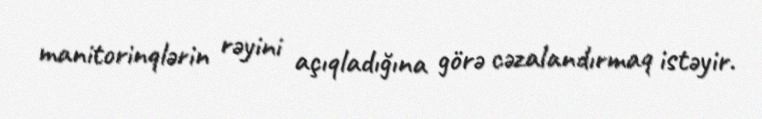
manitorinqlərin rəyini açıqladığına görə cəzalandırmaq istəyir.